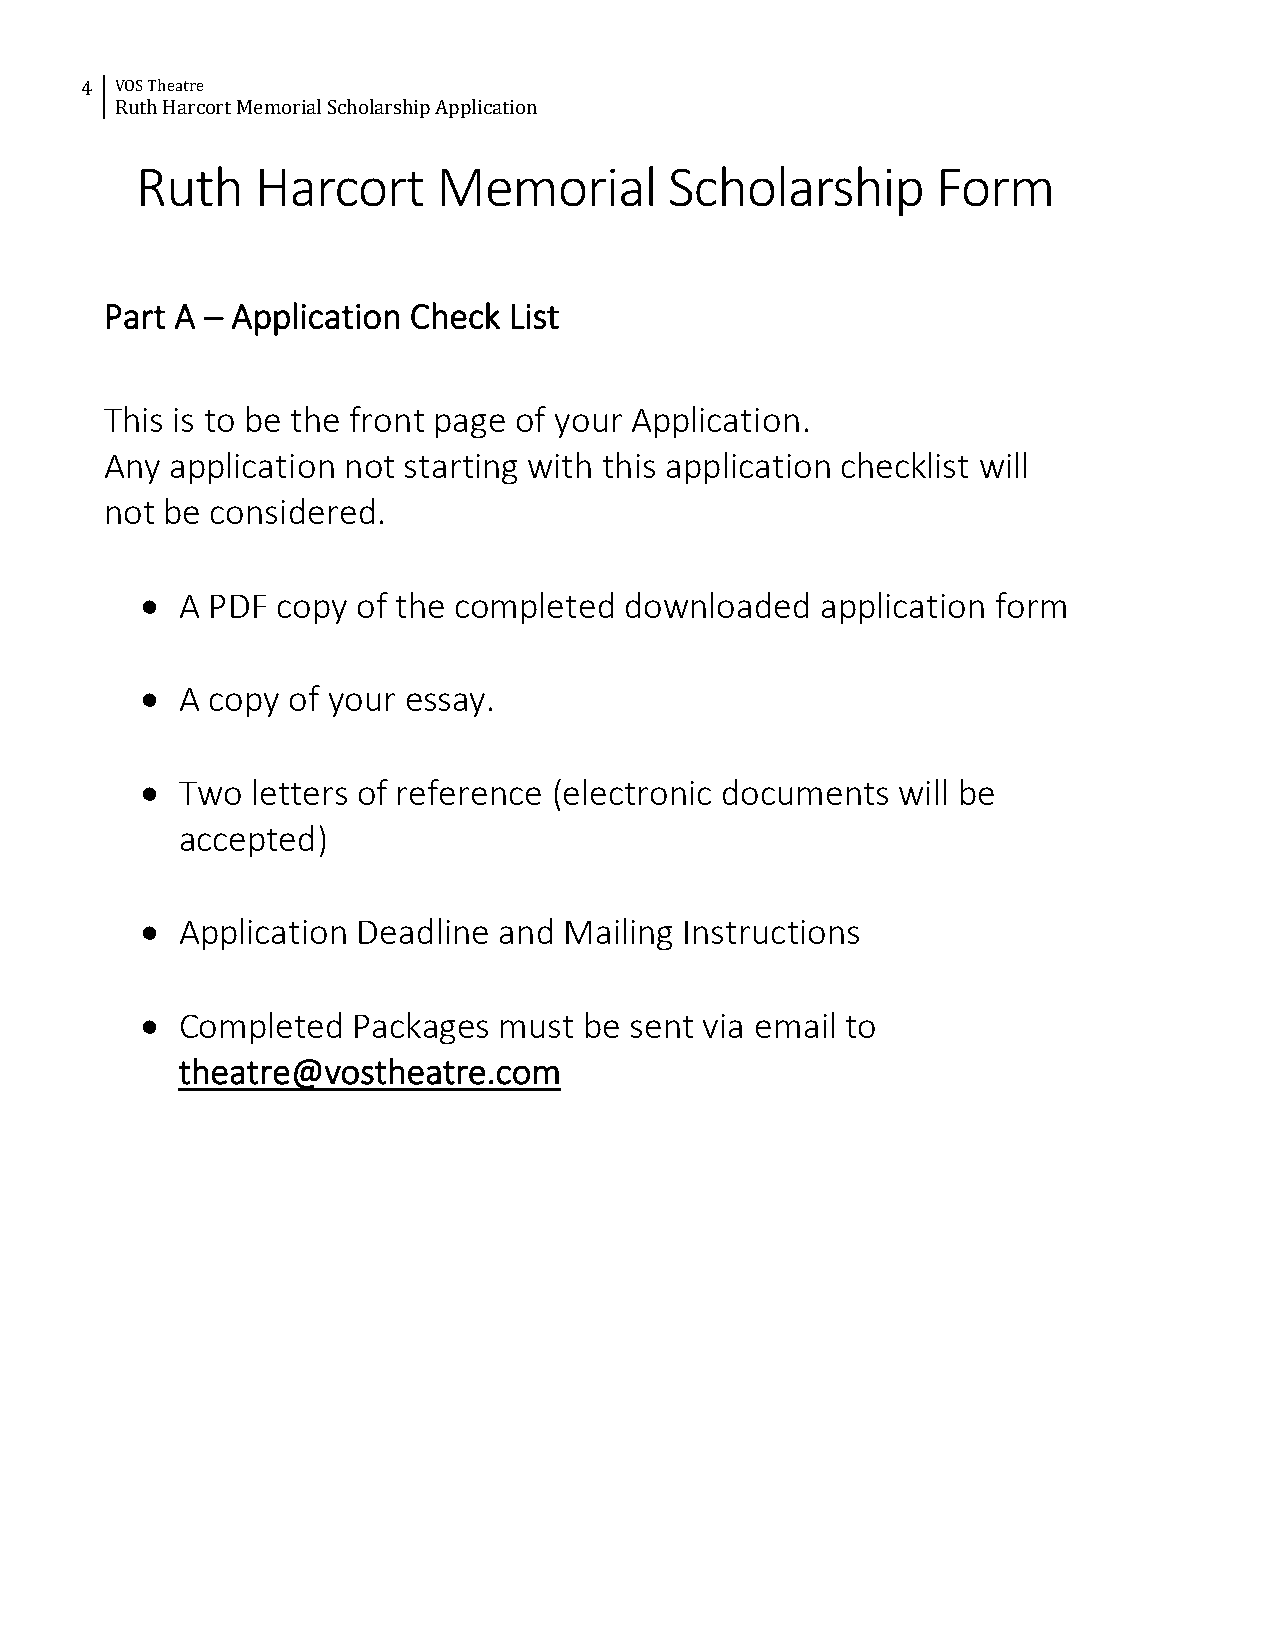
4  VOS Theatre
 Ruth Harcort Memorial Scholarship Application
 Ruth    Harcort     Memorial       Scholarship       Form
 Part A – Application Check List
 This is to be the front page of your Application.
 Any application not starting with this application checklist will
 not be considered.
 •  A PDF copy  of the completed downloaded   application form
 •  A copy of your essay.
 •  Two  letters of reference (electronic documents will be
 accepted)
 •  Application Deadline and Mailing Instructions
 •  Completed  Packages  must  be sent via email to
 theatre@vostheatre.com